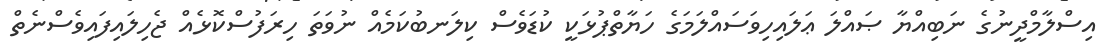
އިސްލާމްދީނުގެ ނަބިއްޔާ ޞައްލަ ޢަލައިހިވަސައްލަމަގެ ހަޔާތްޕުޅަކީ ކުޑަވެސް ކިލަނބުކަމެއް ނުވަތަ ހިރަފުސްކޮޅެއް ޖެހިލައިފައިވެސްނެތް